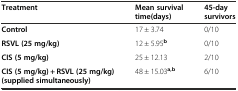
| Treatment | Mean survival time(days) | 45-day survivors |
 | --- | --- | --- |
 | Control | 17 ± 3.74 | 0/10 |
 | RSVL (25 mg/kg) | 12 ± 5.95b | 0/10 |
 | CIS (5 mg/kg) | 25 ± 12.13 | 2/10 |
 | CIS (5 mg/kg) + RSVL (25 mg/kg) (supplied simultaneously) | 48 ± 15.03a,b | 6/10 |